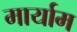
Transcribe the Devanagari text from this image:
मार्याम